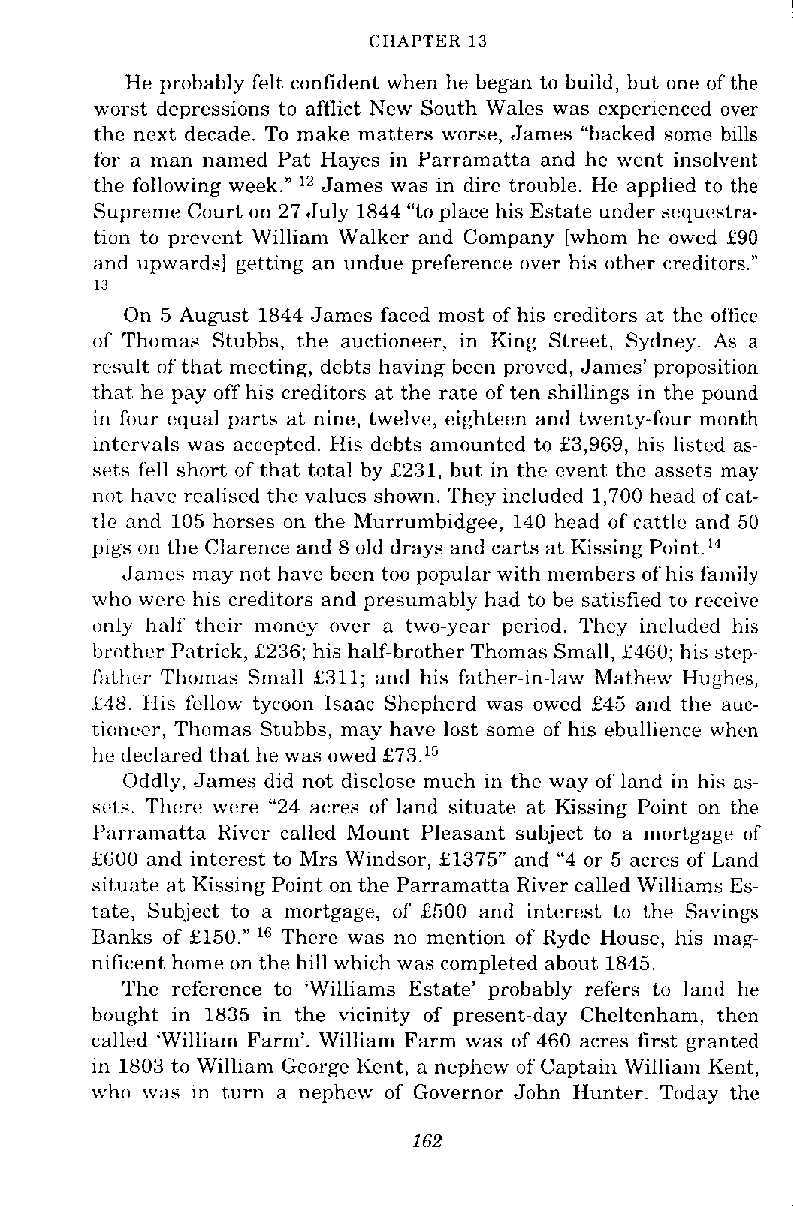
CHAFTEK 13
 He probably felt confident when he began to build, but one of the
 worst depressions to afflict New South Wales was experienced over
 the next decade. To make matters worse, James "backed some bills
 for a man named Pat Hayes in Parramatta and he went insolvent
 the following week." l2 James was in dirc trouble. Hc applied to the
 Supreme Court on 27 July 1844 "to place his Estate under scqucstra-
 tiun to prevent William Walker and Company [whom he owed f90
 and upwards] getting an undue preference over his other creditors."
 13
 On 5 August 1844 James faced most of his creditors at the office
 of Thomas Stubbs, the auctioneer, in King Street, Sydney. As a
 result 11f that meeting, debts having been proved, James' proposition
 that he pay off his creditors at the rate of ten shillings in the pound
 in four equal parts at nine, twelve, eighteen and twenty-four month
 intervals was accepted. His debts amounted to $3,969, his listed as-
 sets fi4 short of that total by £231, but in thc event the assets may
 not have realised the values shown. They included 1,700 head of cat-
 tle and 105 horses on the Murrumbidgee, 140 head of cattle and 50
 pigs on the Clarence and 8 old drays and carts at Kissing Point.14
 James may not have been too popular with members of his family
 who were his creditors and presumably had to he satisfied to receive
 only half their money over a two-year period. They included his
 brother Patrick, £236; his half-brother Thomas Small, L460; his step-
 krthcr Thomas Small L311; and his father-in-law Mathew Hughes,
 .Ed8 IIis fellow tycoon Isaac Shepherd was owed E45 and the auc-
 tiunccr, Thomas Stuhbs, may have lost some of his ebullience when
 tie declared that he was owed E73.15
 Oddly, James did not disclose much in the way of land in his as-
 sets. Thcrc wcre "24 acres of land situate at Kissing Point on the
 Parramatta River called Mount Pleasant subject to a mortgage of
 S600 and intcrcst to Mrs Windsor, E1375" and "4 or 5 acres of Land
 situate at Kissing Point on the Parramatta River called Williams Es-
 tate, Subject to a mortgage, of 6500 and intcrcst to the Savings
 Banks of £150." IG There was no mention of Ryde House, his mag-
 nificent home on the hill which was completed about 1845.
 Thc rcfercnce to 'Williams Estate' probably refers to land he
 bought in 1835 in the vicinity of present-day Cheltenham, then
 called 'William Farm'. William Farm was of 460 acres first granted
 in 1803 to William George Kent, a nephew of Captain William Kent,
 n h w~as~ in turn a nephcw of Governor John Hunter. Today the